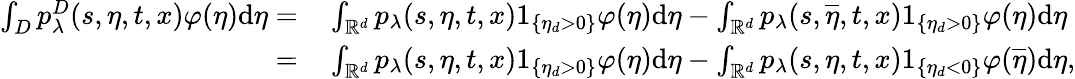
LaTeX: \begin{array}{rl}{\int_{D}p_{\lambda}^{D}(s,\eta,t,x)\varphi(\eta)\mathrm{d}\eta=}&{{}\int_{\mathbb{R}^{d}}p_{\lambda}(s,\eta,t,x)1_{\{ \eta_{d}>0\} }\varphi(\eta)\mathrm{d}\eta-\int_{\mathbb{R}^{d}}p_{\lambda}(s,\overline{{\eta}},t,x)1_{\{ \eta_{d}>0\} }\varphi(\eta)\mathrm{d}\eta}\\ {=}&{{}\int_{\mathbb{R}^{d}}p_{\lambda}(s,\eta,t,x)1_{\{ \eta_{d}>0\} }\varphi(\eta)\mathrm{d}\eta-\int_{\mathbb{R}^{d}}p_{\lambda}(s,\eta,t,x)1_{\{ \eta_{d}<0\} }\varphi(\overline{{\eta}})\mathrm{d}\eta,}\end{array}